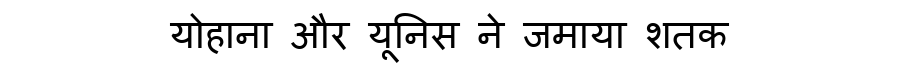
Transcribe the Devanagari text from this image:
योहाना और यूनिस ने जमाया शतक